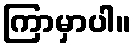
ကြာမှာပါ။